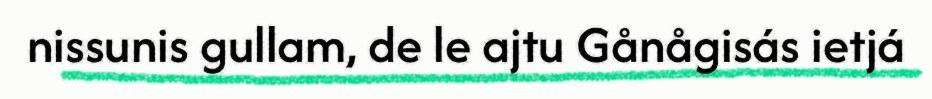
nissunis gullam, de le ajtu Gånågisás ietjá